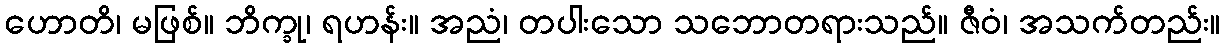
ဟောတိ၊ မဖြစ်။ ဘိက္ခု၊ ရဟန်း။ အညံ၊ တပါးသော သဘောတရားသည်။ ဇီဝံ၊ အသက်တည်း။